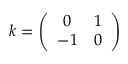
k = \left( \begin{array} { c c } { { 0 } } & { { 1 } } \\ { { - 1 } } & { { 0 } } \end{array} \right)